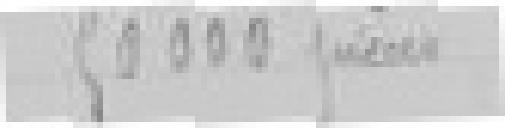
entrée : 50.000 pièces